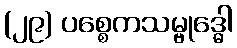
(၂၉) ပစ္စေကသမ္ဗုဒ္ဓေါ